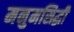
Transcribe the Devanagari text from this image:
मनुमसिद्धी